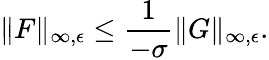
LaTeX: \| F\| _{\infty,\epsilon}\leq\frac{1}{-\sigma}\| G\| _{\infty,\epsilon}.